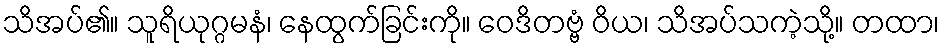
သိအပ်၏။ သူရိယုဂ္ဂမနံ၊ နေထွက်ခြင်းကို။ ဝေဒိတဗ္ဗံ ဝိယ၊ သိအပ်သကဲ့သို့။ တထာ၊